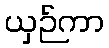
ယှဉ်ကာ